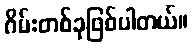
ဂိမ်းတစ်ခုဖြစ်ပါတယ်။